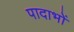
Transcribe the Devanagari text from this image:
पादाभों